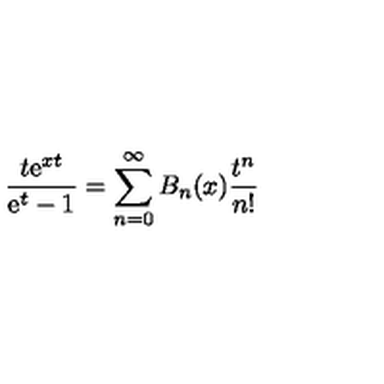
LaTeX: { \frac { t \mathrm { e } ^ { x t } } { \mathrm { e } ^ { t } - 1 } } = \sum _ { n = 0 } ^ { \infty } B _ { n } ( x ) { \frac { t ^ { n } } { n ! } }